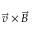
\vec { v } \times \vec { B }